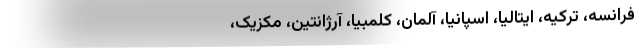
فرانسه، ترکیه، ایتالیا، اسپانیا، آلمان، کلمبیا، آرژانتین، مکزیک،